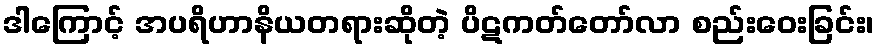
ဒါကြောင့် အပရိဟာနိယတရားဆိုတဲ့ ပိဋကတ်တော်လာ စည်းဝေးခြင်း၊